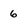
Character: 6